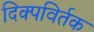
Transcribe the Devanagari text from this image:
दिक्पविर्तक